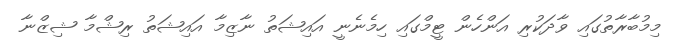
މިމުބާރާތުގައި ވާދަކުރި އަންހެން ޓީމްގައި ހިމެނެނީ އައިޝަތު ނާޒިމާ އައިޝަތު ރިޝްމާ ޝިޒްނާ